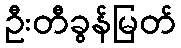
ဦးတီခွန်မြတ်